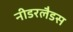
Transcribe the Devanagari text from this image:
नीडरलैडस